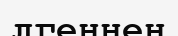
лгеннен